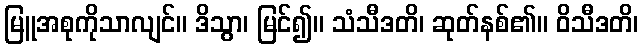
မြူအစုကိုသာလျင်။ ဒိသွာ၊ မြင်၍။ သံသီဒတိ၊ ဆုတ်နစ်၏။ ဝိသီဒတိ၊